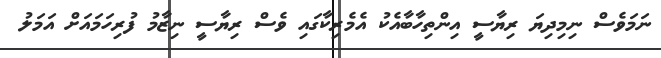
ނަމަވެސް ނިމިދިޔަ ރިޔާސީ އިންތިހާބާއެކު އެމެރިކާގައި ވެސް ރިޔާސީ ނިޒާމު ފުރިހަމައަށް އަމަލު